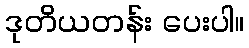
ဒုတိယတန်း ပေးပါ။